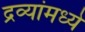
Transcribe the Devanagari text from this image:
द्रव्यांमध्ये